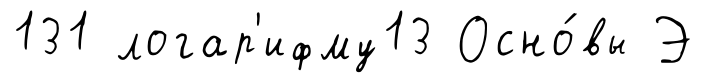
131 логар'ифму13 Осно́вы Э